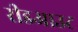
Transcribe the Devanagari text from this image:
रीडआउट